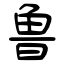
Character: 鲁